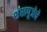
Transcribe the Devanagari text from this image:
शंखपूजेचे